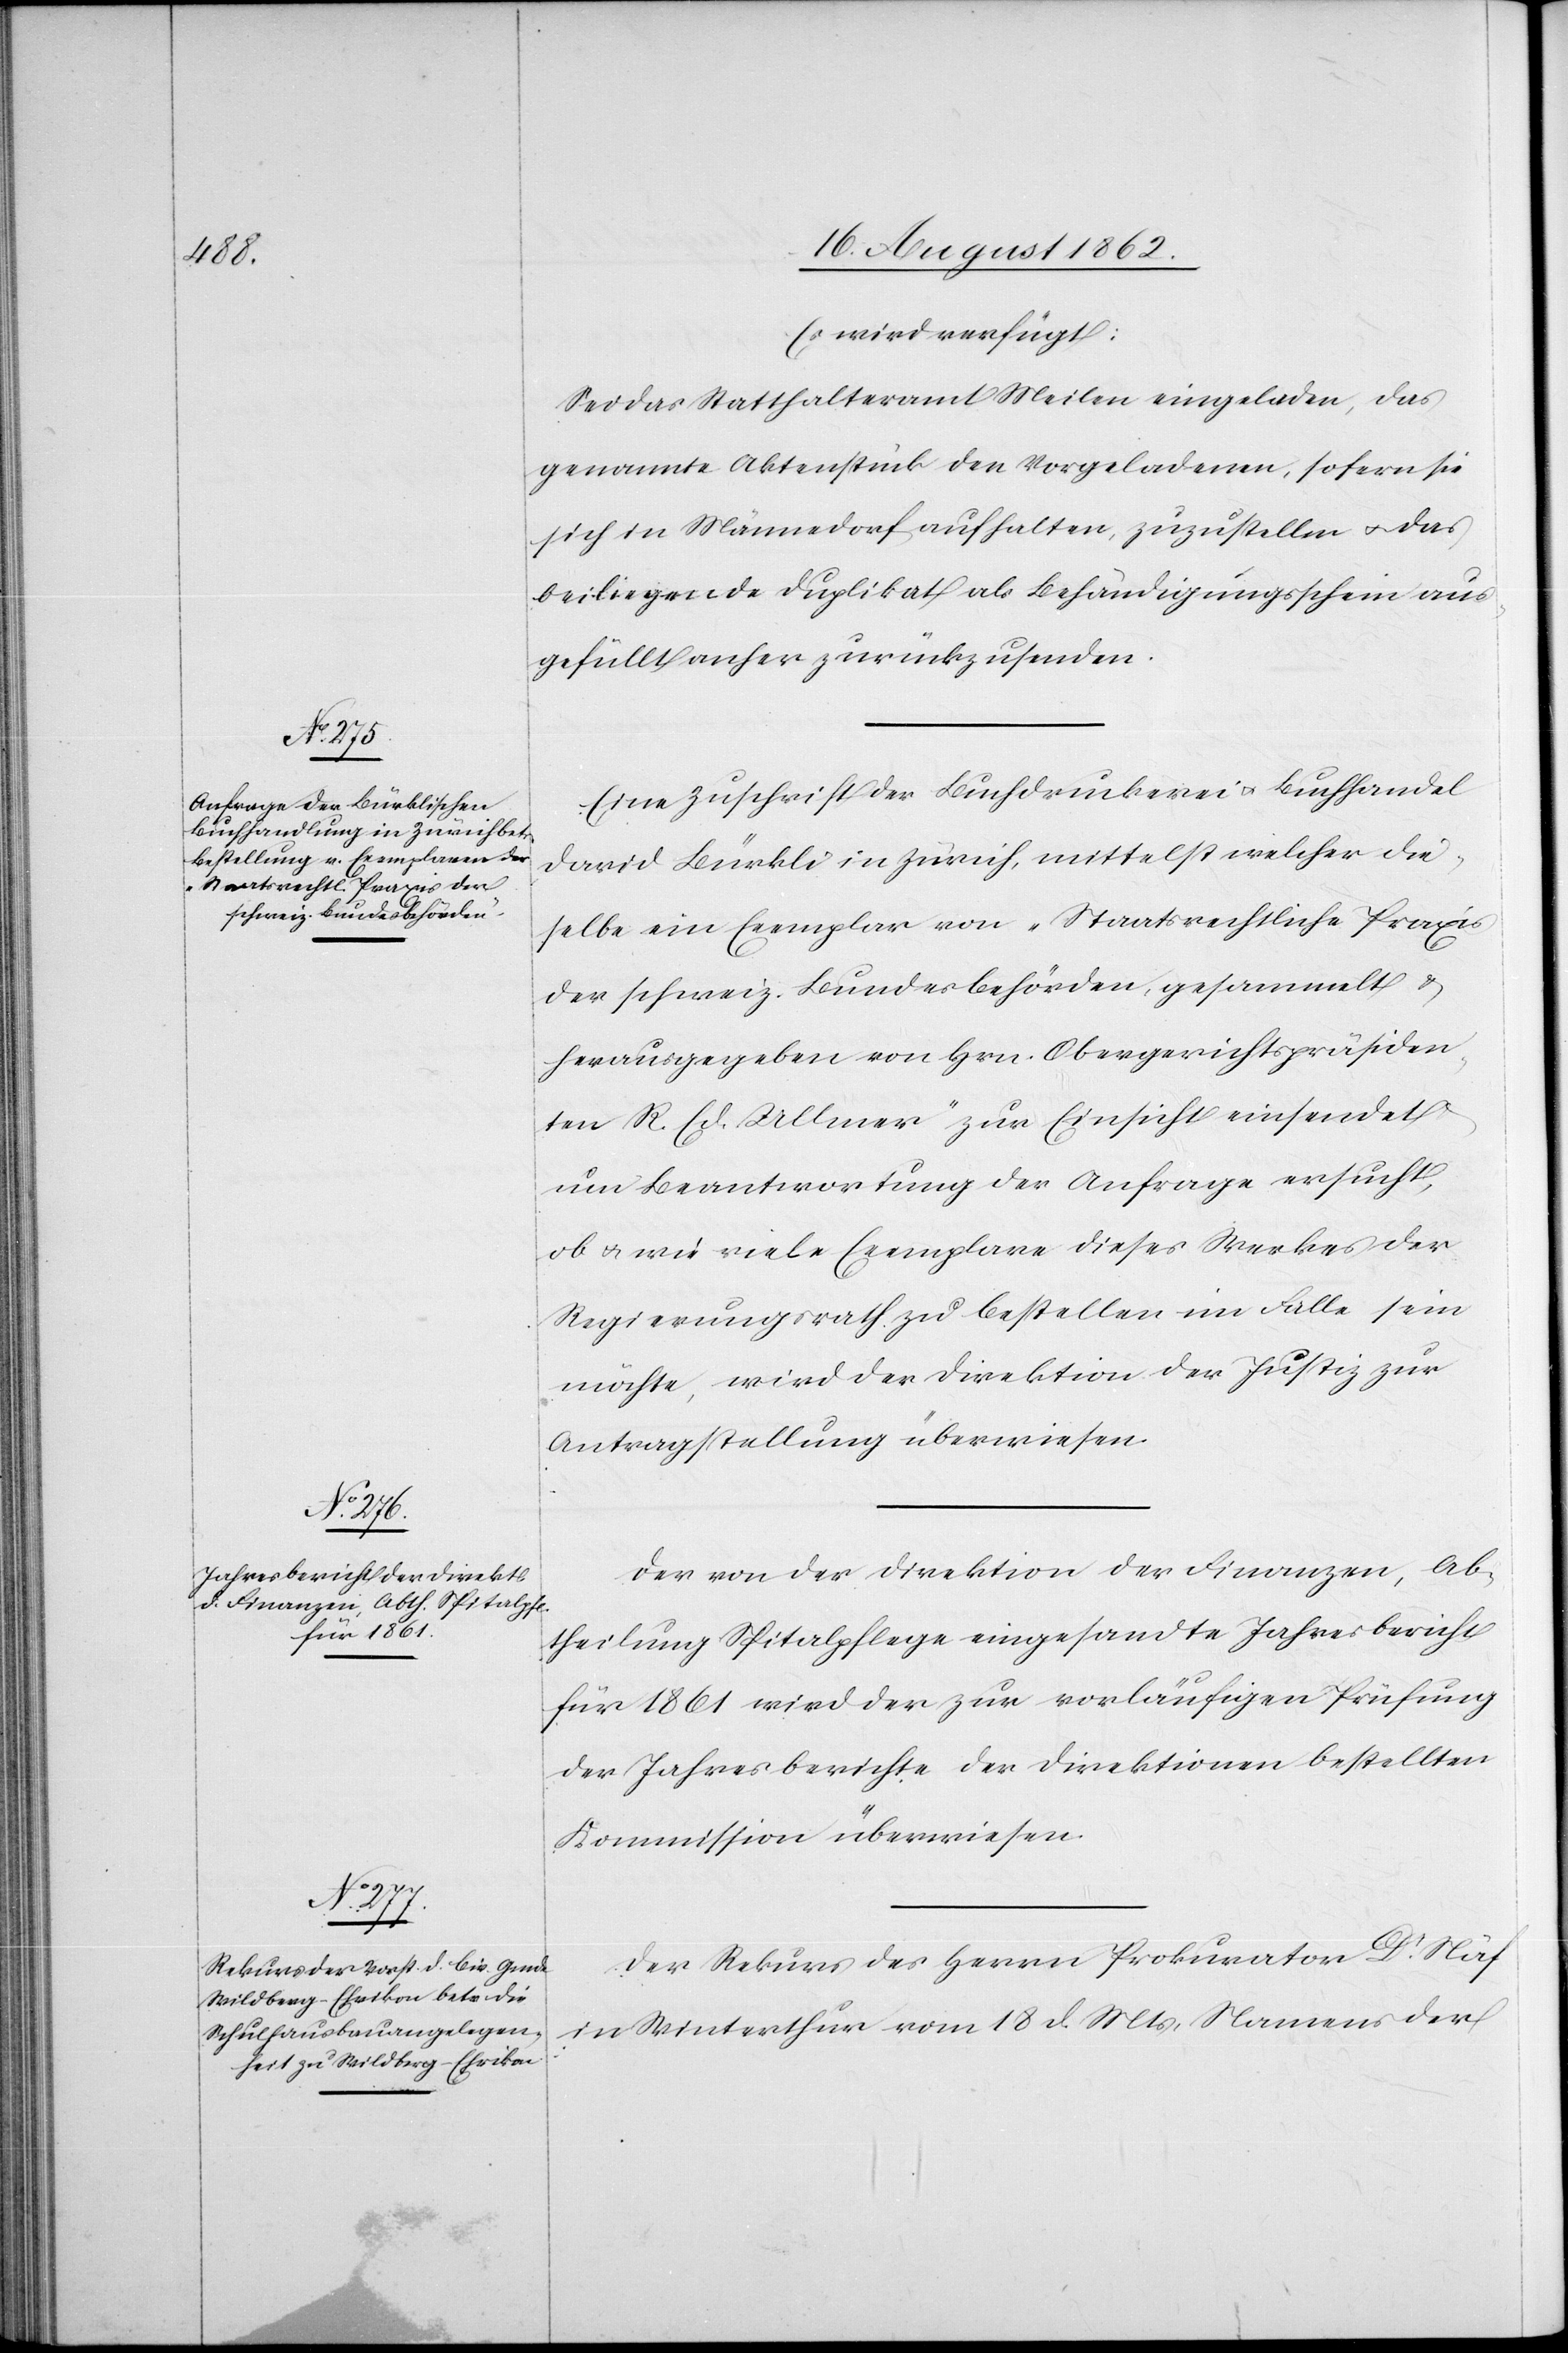
20. August 1862.]
Es wird verfügt:
Sei das Statthalteramt Meilen eingeladen, das
genannte Aktenstück den Vorgeladenen, sofern sie
sich in Männedorf aufhalten, zuzustellen oder das
beiliegende Dublikat als Behändigungsschein aus¬
gefüllt anher zurückzusenden.
Eine Zuschrift der Buchdruckerei u. Buchhandel
David Bürkli in Zürich, mittelst welcher die¬
selbe ein Exemplar von „Staatsrechtliche Praxis
der schweiz. Bundesbehörden, gesammelt u.
herausgegeben von Hrn. Obergerichtspräsiden¬
ten R. Ed. Ullmer“ zur Einsicht einsendet
um Beantwortung der Anfrage ersucht,
ob u. wie viele Exemplare dieses Werkes der
Regierungsrath zu bestellen im Falle sein
möchte, wird der Direktion der Justiz zur
Antragstellung überwiesen.
Der von der Direktion der Finanzen, Ab¬
theilung Spitalpflege eingesandte Jahresbericht
für 1861 wird der zur vorläufigen Prüfung
der Jahresberichte der Direktionen bestellten
Kommission überwiesen.
Der Rekurs des Herrn Prokurator Dr. Näf
in Winterthur vom 18. d. Mts. Namens der